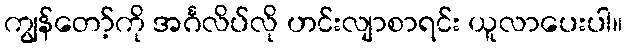
ကျွန်တော့်ကို အင်္ဂလိပ်လို ဟင်းလျာစာရင်း ယူလာပေးပါ။